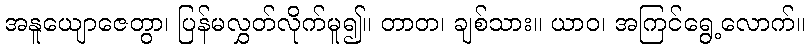
အနူယျောဇေတွာ၊ ပြန်မလွှတ်လိုက်မူ၍။ တာတ၊ ချစ်သား။ ယာဝ၊ အကြင်ရွေ့လောက်။